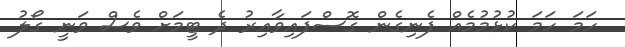
ހަމަ ހަމަ ކުޅުމުމެއް ފެނިގެން ގޮސްފައިވާއިރު ދެ ޓީމަށް ވެސް ވަނީ ގޯލު